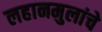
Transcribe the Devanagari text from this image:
लहानमुलांचे